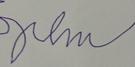
Signature authenticity: forged